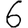
Digit: 6